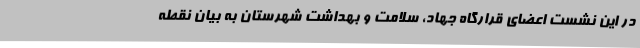
در این نشست اعضای قرارگاه جهاد، سلامت و بهداشت شهرستان به بیان نقطه